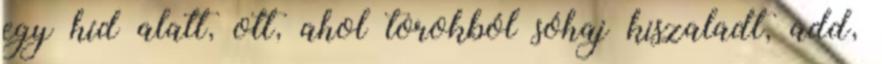
egy híd alatt, ott, ahol torokból sóhaj kiszaladt, add,